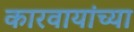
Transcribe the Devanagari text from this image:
कारवायांच्या